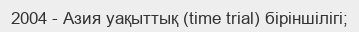
2004 - Азия уақыттық (time trial) біріншілігі;